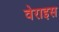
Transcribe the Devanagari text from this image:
वेराइस